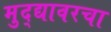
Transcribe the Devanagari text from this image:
मुद्द्यावरचा